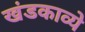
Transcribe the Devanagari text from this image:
खंडकाव्ये